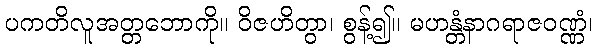
ပကတိလူအတ္တဘောကို။ ဝိဇဟိတွာ၊ စွန့်၍။ မဟန္တံနာဂရာဇဝဏ္ဏံ၊